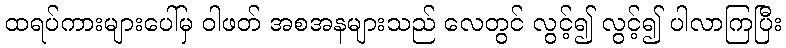
ထရပ်ကားများပေါ်မှ ဝါဖတ် အစအနများသည် လေတွင် လွင့်၍ လွင့်၍ ပါလာကြပြီး